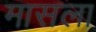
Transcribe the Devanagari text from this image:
मासला